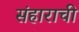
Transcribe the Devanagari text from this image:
संहाराची